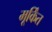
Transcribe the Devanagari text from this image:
मूर्किंत